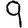
Digit: 9